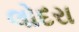
લોદરા